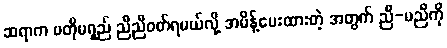
ဆရာက မတိုမရှည် ညီညီဝတ်ရမယ်လို့ အမိန့်ပေးထားတဲ့ အတွက် ညီ-မညီကို